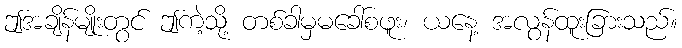
ဤအချိန်မျိုးတွင် ဤကဲ့သို့ တစ်ခါမှမခေါ်စဖူး၊ ယနေ့ အလွန်ထူးခြားသည်။